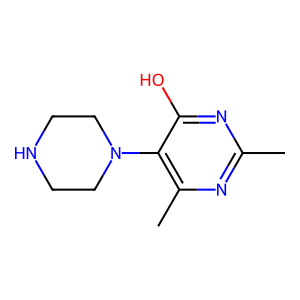
SMILES: Cc1nc(C)c(N2CCNCC2)c(O)n1
Inhibits HIV replication: No